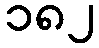
၁၈၂